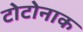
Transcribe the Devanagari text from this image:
टोटोनाक